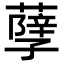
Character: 𦽆